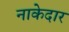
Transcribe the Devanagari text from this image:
नाकेदार